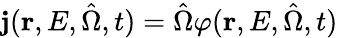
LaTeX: \mathbf{j}(\mathbf{r},E,\hat{\Omega},t)=\hat{\Omega}\varphi(\mathbf{r},E,\hat{\Omega},t)